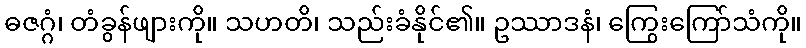
ဓဇဂ္ဂံ၊ တံခွန်ဖျားကို။ သဟတိ၊ သည်းခံနိုင်၏။ ဥဿာဒနံ၊ ကြွေးကြော်သံကို။